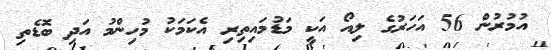
އުމުރުން 56 އަހަރުގެ ލިއޯ އަކީ މަޑުމައިތިރި އެކަމަކު މުހިންމު އަދި ބޮޑެތި